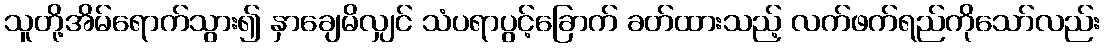
သူတို့အိမ်ရောက်သွား၍ နှာချေမိလျှင် သံပရာပွင့်ခြောက် ခတ်ထားသည့် လက်ဖက်ရည်ကိုသော်လည်း